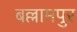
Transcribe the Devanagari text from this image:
बल्लामपुर